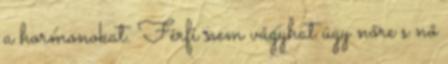
a hormonokat. Férfi nem vágyhat úgy nőre s nő